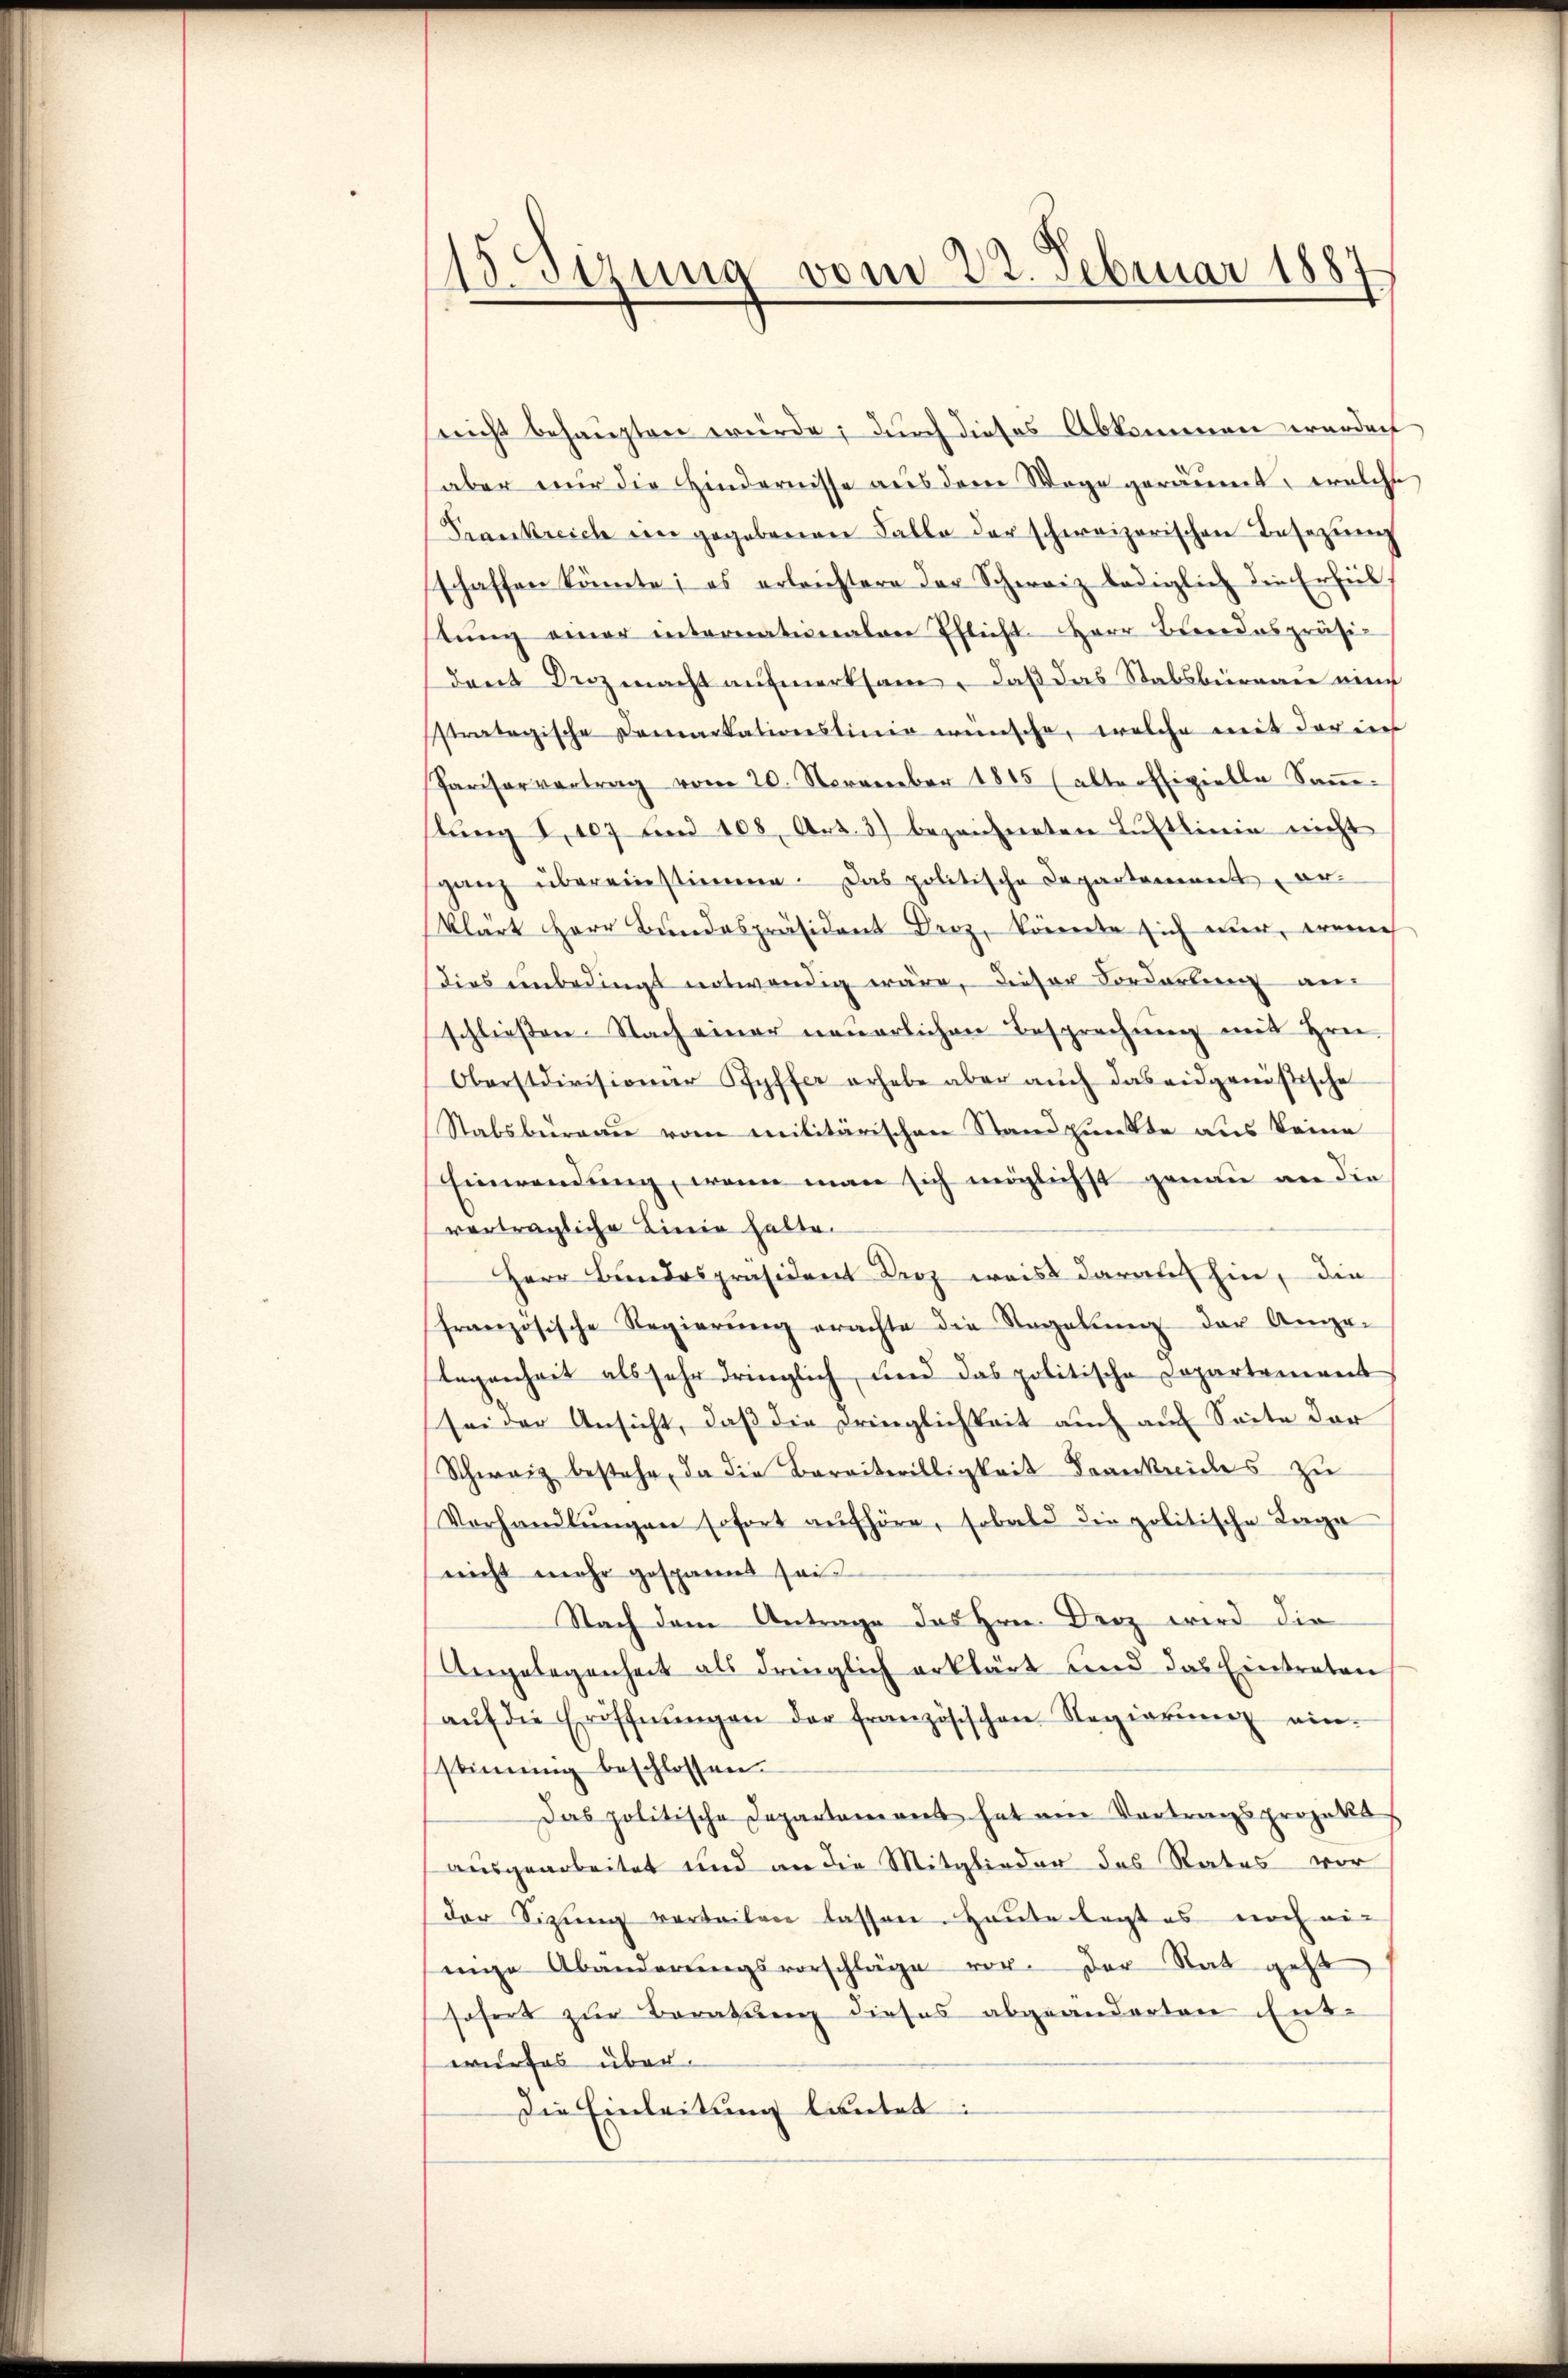
15. Sirung vom 22. Februar 1887

sreicht behaupten würde; durch dieses Abkommen werden
aber nur die Hindernisse aus dem Wege geräumt, welche
Prankreich in gegebenen Falle der schweizerischen Besezung
schaffen könnte; es erleichtere der Schweiz lediglich die Erfültŭng einer internationalen Ehlicht Herr Bereidespräsi-
dent Drozmacht aufmerksam, daß das Stabsbureau auch
Pralogische Domantationslinie wünsche, welche mit der in
Pariservertrag vom 20. November 1845 (alteoffizielle Saṁe-
stung I, 107 und 108, Art. 3) bezeichneten Luftlinie nicht
ganz übereinstimme. Das politische Departement er-
klärt Herr Bundespräsident Berz, könnte sich nur, weni
dies unbedingt notwendig wäre, dieser Forderling an
schließen. Nach einer neuerlichen Besprechung mit Hrn.
Oberstdivisioner Pfyffer erhabe aber auch das eidgenößische
Stabsbureau vom Militärischen Standpunkte aus keine
Einwendung, wenn man sich möglichst genau an die
verträgliche Linie hatte.
Herr Bundespräsident Berz weis darauf hin, die
französische Regierŭng erachte die Sagabŭng der Ange-
legenheit als sehr dringlich, und das politische Copartement
sei der Ansicht, daß die Dringlichkeit auch auf Seite der
Schweiz bestehe, da die Bereitwilligkeit Frankreides zu
Vorhandlŭngen sofort aŭfhöre, sobald die politische Tage
nicht mehr gespannet sei
Nach dem Antrage des Hrn. Derz wird die
Angelegenheit als dringlich erklärt und das Eintreten
aŭf die Eröffnŭngen der französischen Regierŭng einstimmig beschlossen.
Das politische Departement hat ein Vertragsprojekt
ausgearbeitet und an die Mitglieder des Rates vor
der Sitzung vorbeiten lassen. Heute legt es noch ein
nige Abänderŭngsvorschläge vor. Der Rat geht
sofert zur Berathung dieses abgeänderten Ent-
wurfes über.
Die Einleitung lautet: